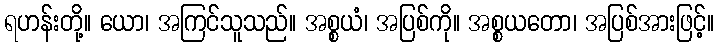
ရဟန်းတို့။ ယော၊ အကြင်သူသည်။ အစ္စယံ၊ အပြစ်ကို။ အစ္စယတော၊ အပြစ်အားဖြင့်။